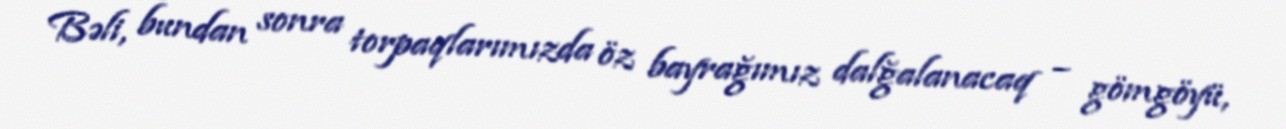
Bəli, bundan sonra torpaqlarımızda öz bayrağımız dalğalanacaq – gömgöyü,